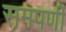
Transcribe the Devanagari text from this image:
समपर्णी